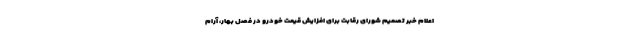
اعلام خبر تصمیم شورای رقابت برای افزایش قیمت خودرو در فصل بهار، آرام